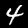
Digit: 4